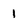
Character: 1